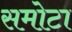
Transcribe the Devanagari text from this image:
समोटा